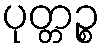
ပုတ္တဉ္စ